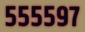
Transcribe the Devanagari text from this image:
५५५५९७